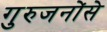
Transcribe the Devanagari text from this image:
गुरुजनोंसे